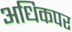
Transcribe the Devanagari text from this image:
अधिकपर